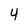
Character: 4